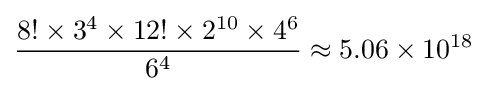
{\frac {8!\times 3^{4}\times 12!\times 2^{10}\times 4^{6}}{6^{4}}}\approx 5.06\times 10^{18}